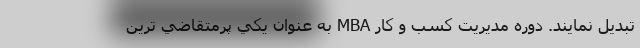
تبدیل نمایند. دوره مديريت كسب و كار MBA به عنوان يكي پرمتقاضي ترين